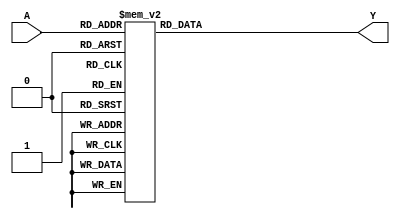
module PrimeImplicant(
    input [3:0] A, // 4-bit input representing the variables (A3, A2, A1, A0)
    output reg [1:0] Y // 2-bit output representing the minimized Boolean function
);

// Combinational Logic for Simplified Function
always @(*) begin
    case (A)
        4'b0000: Y = 2'b00; // Minterm 0
        4'b0001: Y = 2'b01; // Minterm 1
        4'b0010: Y = 2'b01; // Minterm 2
        4'b0011: Y = 2'b10; // Minterm 3
        4'b0100: Y = 2'b10; // Minterm 4
        4'b0101: Y = 2'b11; // Minterm 5
        4'b0110: Y = 2'b11; // Minterm 6
        4'b0111: Y = 2'b01; // Minterm 7
        4'b1000: Y = 2'b00; // Minterm 8
        4'b1001: Y = 2'b01; // Minterm 9
        4'b1010: Y = 2'b01; // Minterm 10
        4'b1011: Y = 2'b10; // Minterm 11
        4'b1100: Y = 2'b10; // Minterm 12
        4'b1101: Y = 2'b11; // Minterm 13
        4'b1110: Y = 2'b11; // Minterm 14
        4'b1111: Y = 2'b01; // Minterm 15
        default: Y = 2'b00; // Default case
    endcase
end

endmodule